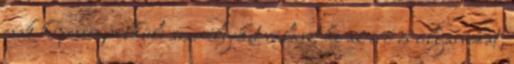
csak képességnélküli személyeket választ ki az erő és olyanokat,